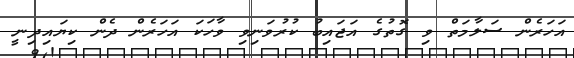
އަހަރެން ސަލާމަތް ވި ގޮތުގެ އަޖައިބު ކުރުވަނިވި ވާހަކަ އަހަރެން ދެން ކިޔައިދިނީ